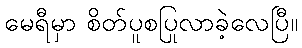
မေရီမှာ စိတ်ပူစပြုလာခဲ့လေပြီ။